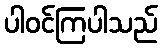
ပါဝင်ကြပါသည်